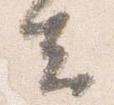
去